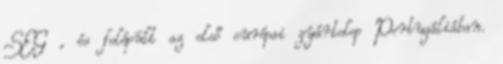
SEG , és felépült az első európai gyártelep Portugáliában.